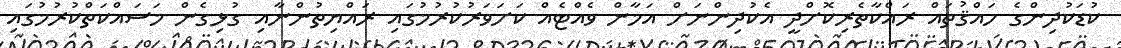
ކުޑަކުދިންގެ ހައްޤުތައް ރައްކާތެރިކޮށްދީ އެކުދިންނަށް އަމާން ވެއްޓެއް ކަށަވަރުކުރުމުގައި ރައްޔިތުންނާއި ގުޅިގެން މަސައްކަތްކުރުމުގައި